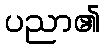
ပညာ၏